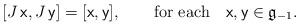
LaTeX: \begin{align*}[J\,{\sf x}, J\,{\sf y}]=[{\sf x}, {\sf y}], \ \ \ \ \ \textrm{ for each} \ \ \ {\sf x,y}\in\frak g_{-1}.\end{align*}